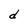
Character: d